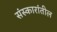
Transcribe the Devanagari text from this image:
संस्कारांतील